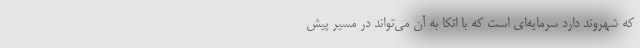
که شهروند دارد سرمایه‌ای است که با اتکا به آن می‌تواند در مسیر پیش